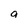
Character: a